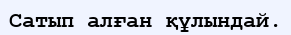
Сатып алған құлындай.